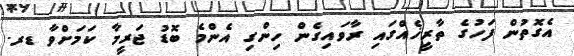
އެގޮތުން ފަހުގެ ތާރީޚެއްގައި ރާވައިގެން ހިންގި އެންމެ ބޮޑު ޖަރީމާ ކަމަށްވާ ޑރ.